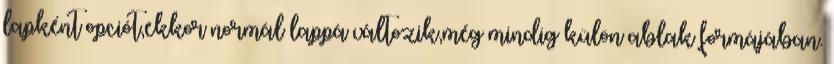
lapként opciót,ekkor normál lappá változik,még mindig külön ablak formájában.